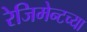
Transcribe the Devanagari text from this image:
रेजिमेन्टच्या